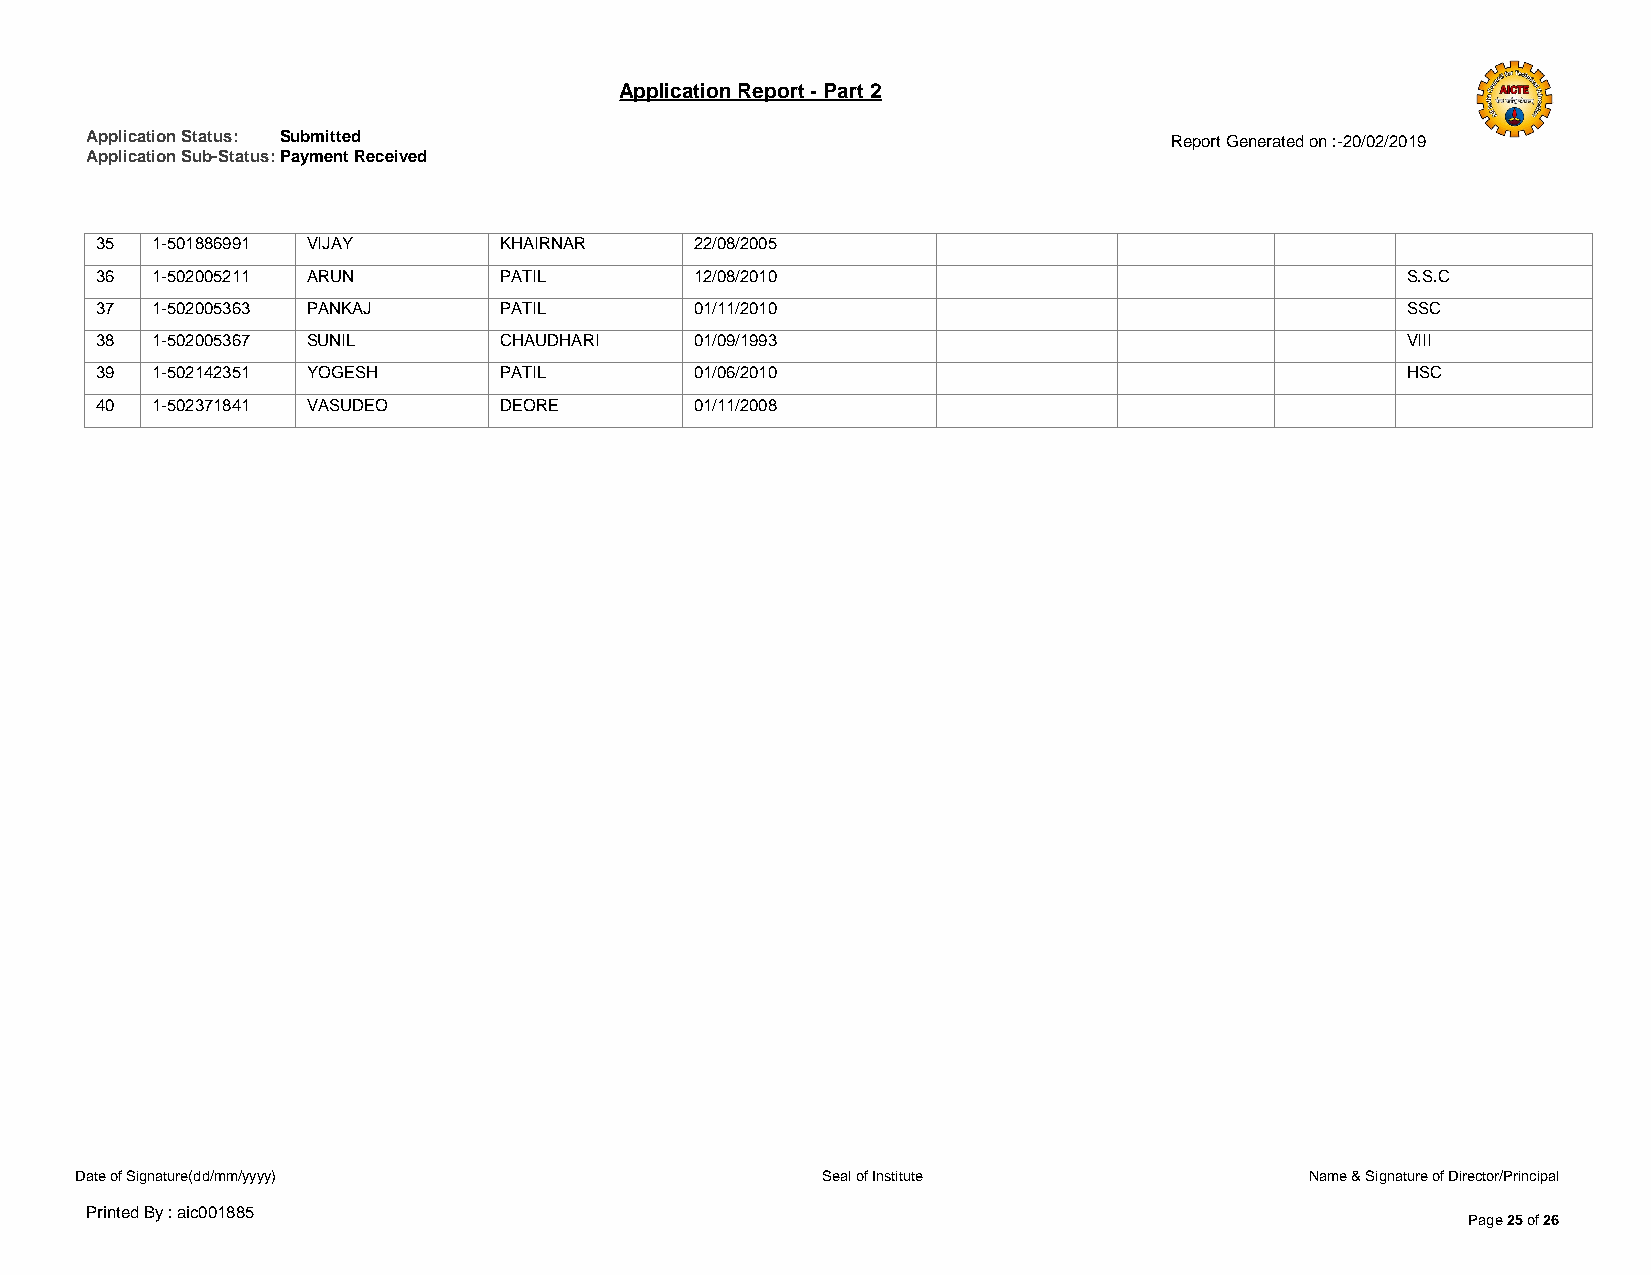
Application Report - Part 2
 Application Status: Submitted                                          Report Generated on :-20/02/2019
 Application Sub-Status: Payment Received
 35  1-501886991 VIJAY      KHAIRNAR     22/08/2005
 36  1-502005211 ARUN       PATIL        12/08/2010                                     S.S.C
 37  1-502005363 PANKAJ     PATIL        01/11/2010                                     SSC
 38  1-502005367 SUNIL      CHAUDHARI    01/09/1993                                     VIII
 39  1-502142351 YOGESH     PATIL        01/06/2010                                     HSC
 40  1-502371841 VASUDEO    DEORE        01/11/2008
 Date of Signature(dd/mm/yyyy)                    Seal of Institute                Name & Signature of Director/Principal
 Printed By : aic001885
 Page 25 of 26